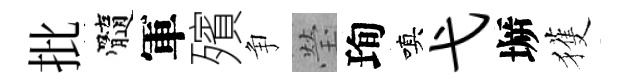
批髓軍殯争瑩珣嗔弋󶱲獲